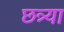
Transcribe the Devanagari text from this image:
छत्र्‍या